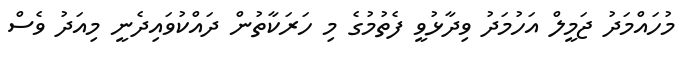
މުހައްމަދު ޖަމީލް އަހުމަދު ވިދާޅުވީ ފެތުމުގެ މި ހަރަކާތުން ދައްކުވައިިދެނީ މިއަދު ވެސް